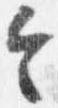
令